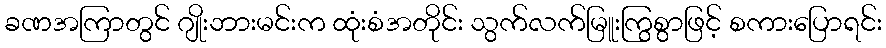
ခဏအကြာတွင် ဂျိုးဘားမင်းက ထုံးစံအတိုင်း သွက်လက်မြူးကြွစွာဖြင့် စကားပြောရင်း